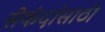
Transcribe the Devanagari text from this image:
सेकंदांसाठी